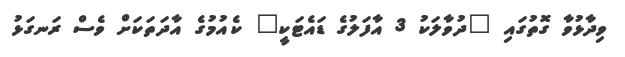
ވިދާޅުވާ ގޮތުގައި "ދުވާލަކު 3 އާފަލުގެ ޑައެޓަކީ" ކެއުމުގެ އާދަތަކަށް ވެސް ރަނގަޅު